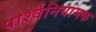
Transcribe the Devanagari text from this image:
पार्श्वनियामक